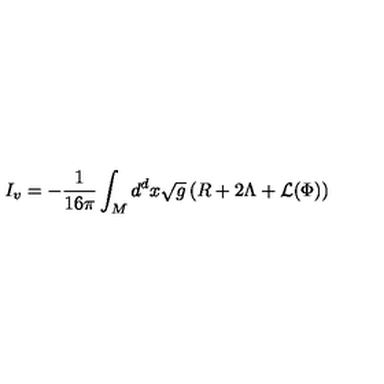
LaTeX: I _ { v } = - \frac { 1 } { 1 6 \pi } \int _ { M } d ^ { d } x \sqrt { g } \left( R + 2 \Lambda + { \cal L } ( \Phi ) \right)